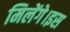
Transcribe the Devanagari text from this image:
मिलेंगे।इस